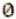
0